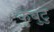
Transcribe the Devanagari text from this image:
कुबुंटु